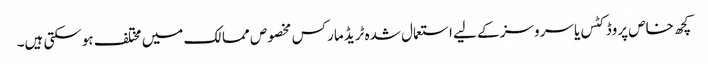
کچھ خاص پروڈکٹس یا سروسز کے لیے استعمال شدہ ٹریڈ مارکس مخصوص ممالک میں مختلف ہوسکتی ہیں۔